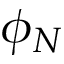
\phi _ { N }